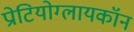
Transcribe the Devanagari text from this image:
प्रोटियोग्लायकॉन